Lunatic asylums Bombay report 1891-1903 - 1891-1903
Year: 1891
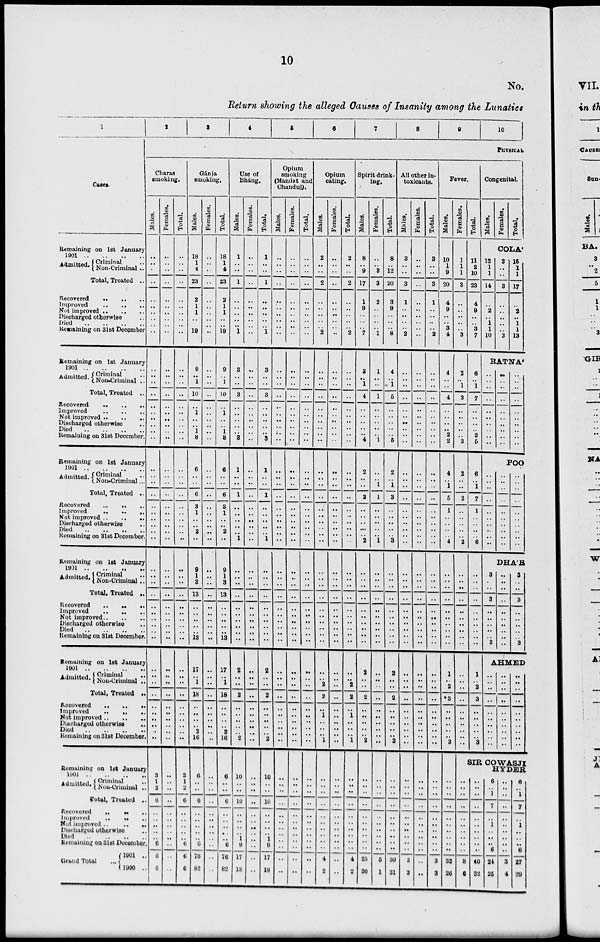
10
No.
Return showing the alleged Causes of Insanity among the Lunatics
1
Cases.
Remaining on 1st January
1901 .. .. .. ..
Admitted. Criminal ..
Non-Criminal ..
Total, treated ..
Recovered .. .. ..
Improved .. .. ..
Not Improved .. .. ..
Discharged otherwise ..
Died .. .. .. ..
Remaining on 31st December
Remaining on 1st January
1901 .. .. .. ..
Admitted. Criminal ..
Non-Criminal ..
Total, Treated ..
Recovered .. .. ..
Improved .. .. ..
Not improved .. .. ..
Discharged otherwise ..
Died .. .. .. ..
Remaining on 31st December.
Remaining on 1st January
1901 .. .. .. ..
Admitted. Criminal ..
Non-Criminal ..
Total, Treated ..
Recovered .. .. ..
Improved .. .. ..
Not improved .. .. ..
Discharged otherwise ..
Died .. .. ..
Remaining on 31st December.
Remaining on 1st January
1901 .. .. .. ..
Admitted. Criminal ..
Non-Criminal ..
Total, Treated ..
Recovered .. .. ..
Improved
..
..
..
Not improved .. .. ..
Discharged otherwise
Died .. .. .. ..
Remaining on 31st December.
Remaining on 1st January
1901 .. .. .. .. ..
Admitted
Criminal ..
Non-Criminal ..
Total, Treated ..
Recovered .. .. ..
Improved .. .. ..
Not improved ..
..
..
Discharged otherwise ..
Died .. .. .. ..
Remaining on 31st December.
Remaining on 1st January
1901 .. .. .. .. .. ..
Admitted Criminal ..
Non-Criminal ..
Total, Treated ..
Recovered .. .. ..
Improved .. .. ..
Not improved .. .. ..
Discharged otherwise ..
Died .. .. .. ..
Remaining on 31st December
Grand Total ..
1901 ..
1900 ..
2
3
4
5
6
7
8
9
10
PHYSICAL
Charas
smoking.
Males.
..
..
..
..
..
..
..
..
..
..
..
..
..
..
..
..
..
..
..
..
..
..
..
..
..
..
..
..
..
..
..
..
..
..
..
..
..
..
..
..
..
..
..
..
..
..
..
..
..
..
3
1
2
6
..
..
..
..
..
6
6
6
Females.
..
..
..
..
..
..
..
..
..
..
..
..
..
..
..
..
..
..
..
..
..
..
..
..
..
..
..
..
..
..
..
..
..
..
..
..
..
..
..
..
..
..
..
..
..
..
..
..
..
..
..
..
..
..
..
..
..
..
..
..
..
..
Total.
..
..
..
..
..
..
..
..
..
..
..
..
..
..
..
..
..
..
..
..
..
..
..
..
..
..
..
..
..
..
..
..
..
..
..
..
..
..
..
..
..
..
..
..
..
..
..
..
..
..
3
1
2
6
..
..
..
..
..
6
6
6
Gánja
smoking.
Males.
18
1
4
23
2
1
1
..
..
19
9
..
1
10
..
1
..
..
1
8
6
..
..
6
3
1
..
..
..
..
1
..
..
13
..
..
..
..
..
13
17
..
1
18
..
..
..
..
2
16
6
..
..
6
..
..
..
..
..
6
76
82
Females.
..
..
..
..
..
..
..
..
..
..
..
..
..
..
..
..
..
..
..
..
..
..
..
..
..
..
..
..
..
..
..
..
..
..
..
..
..
..
..
..
..
..
..
..
..
..
..
..
..
..
..
..
..
..
..
..
..
..
..
..
..
..
Total.
18
1
4
23
2
1
1
..
..
19
9
..
1
10
..
1
..
..
1
8
6
..
..
6
3
1
..
..
..
..
1
..
..
13
..
..
..
..
..
13
17
..
1
18
..
..
..
..
2
16
6
..
..
6
..
..
..
..
..
6
76
82
Use of
Bháng.
Males.
1
..
..
1
..
..
..
..
..
1
3
..
..
3
..
..
..
..
..
3
1
..
..
1
..
..
..
..
..
..
..
..
..
..
..
..
..
..
..
..
2
..
..
2
..
..
..
..
..
2
10
..
..
10
..
..
..
..
1
9
17
18
Females.
..
..
..
..
..
..
..
..
..
..
..
..
..
..
..
..
..
..
..
..
..
..
..
..
..
..
..
..
..
1
..
..
..
..
..
..
..
..
..
..
..
..
..
..
..
..
..
..
..
..
..
..
..
..
..
..
..
.. ..
..
..
..
Total.
1
..
..
1
..
..
..
..
..
1
3
..
..
3
..
..
..
..
..
3
1
..
..
1
..
..
..
..
..
..
..
..
..
..
..
..
..
..
..
..
2
..
..
2
..
..
..
..
..
2
10
..
..
10
..
..
..
..
1
9
17
18
Opium
smoking
(Mandat and
Chundul).
Males.
..
..
..
..
..
..
..
..
..
..
..
..
..
..
..
..
..
..
..
..
..
..
..
..
..
..
..
..
..
1
..
..
..
..
..
..
..
..
..
..
..
..
..
..
..
..
..
..
..
..
..
..
..
..
..
..
.. ..
..
..
..
Females.
..
..
..
..
..
..
..
..
..
..
..
..
..
..
..
..
..
..
..
..
..
..
..
..
..
..
..
..
..
..
..
..
..
..
..
..
..
..
..
..
..
..
..
..
..
..
..
..
..
..
..
..
..
..
..
..
..
..
..
..
..
..
Total.
..
..
..
..
..
..
..
..
..
..
..
..
..
..
..
..
..
..
..
..
..
..
..
..
..
..
..
..
..
..
..
..
..
..
..
..
..
..
..
..
..
..
..
..
..
..
..
..
..
..
..
..
..
..
..
..
..
..
..
..
..
..
Opium
eating.
Males.
2
..
..
2
..
..
..
..
..
2
..
..
..
..
..
..
..
..
..
..
..
..
..
..
..
..
..
..
..
..
..
..
..
..
..
..
..
..
..
..
..
..
2
2
..
1
..
..
..
1
..
..
..
..
..
..
..
..
..
..
4
2
Females.
..
..
..
..
..
..
..
..
..
..
..
..
..
..
..
..
..
..
..
..
..
..
..
..
..
..
..
..
..
..
..
..
..
..
..
..
..
..
..
..
..
..
..
..
..
..
..
..
..
..
..
..
..
..
..
..
..
..
..
..
..
..
Total.
2
..
..
2
..
..
..
..
..
2
..
..
..
..
..
..
..
..
..
..
..
..
..
..
..
..
..
..
..
..
..
..
..
..
..
..
..
..
..
..
..
..
2
2
..
1
..
..
..
1
..
..
..
..
..
..
..
..
..
..
4
2
Spirit drink-
ing.
Males.
8
..
9
17
1
9
..
..
..
7
3
..
1
4
..
..
..
..
..
4
2
..
..
2
..
..
..
..
.. 2
..
..
..
..
..
..
..
..
..
..
2
..
..
2
..
..
..
..
..
2
..
..
..
..
..
..
..
..
..
..
25
30
Females.
..
..
3
3
2
..
..
..
..
1
1
..
..
1
..
..
..
..
..
1
..
..
1
1
..
..
..
..
..
..
..
..
..
..
..
..
..
..
..
..
..
..
..
..
..
..
..
..
..
..
..
..
..
..
..
..
..
..
..
..
5
1
Total.
8
..
12
20
3
9
..
..
..
8
4
..
1
5
..
..
..
..
..
5
2
..
1
3
..
..
..
..
..
2
..
..
..
..
..
..
..
..
..
..
2
..
..
2
..
..
..
..
..
2
..
..
..
..
..
..
..
..
..
..
30
31
All other in¬
toxicants.
Males.
3
..
..
3
1
..
..
..
..
2
..
..
..
..
..
..
..
..
..
..
..
..
..
..
..
..
..
..
.. ..
..
..
..
..
..
..
..
..
..
..
..
..
..
..
..
..
..
..
..
..
..
..
..
..
..
..
..
..
..
..
3
3
Females.
..
..
..
..
..
..
..
..
..
..
..
..
..
..
..
..
..
..
..
..
..
..
..
..
..
..
..
..
..
..
..
..
..
..
..
..
..
..
..
..
..
..
..
..
..
..
..
..
..
..
..
..
..
..
..
..
..
..
..
..
..
..
Total.
3
..
..
3
1
..
..
..
..
2
..
..
..
..
..
..
..
..
..
..
..
..
..
..
..
..
..
..
..
..
..
..
..
..
..
..
..
..
..
..
..
..
..
..
..
..
..
..
..
..
..
..
..
..
..
..
..
..
..
..
3
3
Fever.
Males.
10
1
9
20
4
9
..
..
3
4
4
..
..
4
..
..
..
..
2
2
4
..
1
5
1
..
..
..
..
4
..
..
..
..
..
..
..
..
..
..
1
..
2
3
..
..
..
..
..
3
..
..
..
..
..
..
..
..
..
..
32
26
Females.
1
1
1
3
..
..
..
..
..
3
2
..
1
3
..
..
..
..
..
3
2
..
..
2
..
..
..
..
..
2
..
..
..
..
..
..
..
..
..
..
..
..
..
..
..
..
..
..
..
..
..
..
..
..
..
..
..
..
..
..
8
6
Total.
11
2
10
23
4
9
..
..
3
7
6
..
1
7
..
..
..
..
2
5
6
..
1
7
1
..
..
..
..
6
..
..
..
..
..
..
..
..
..
..
1
..
2
3
..
..
..
..
..
3
Congenital.
Males.
Females.
Total.
COLA'
12
1
1
14
..
2
..
1
1
10
3
..
..
3
..
..
..
..
..
3
15
1
1
17
..
2
..
1
1
13
RATNA'
..
..
..
..
..
..
..
..
..
..
..
..
..
..
..
..
..
..
..
..
..
..
..
..
..
..
..
..
..
..
POO
..
..
..
..
..
..
..
..
..
..
..
..
..
..
..
..
..
..
..
..
..
..
..
..
..
..
..
..
..
..
DHAR
3
..
..
3
..
..
..
..
..
3
..
..
..
..
..
..
..
..
..
..
3
..
..
3
..
..
..
..
..
3
AHMED
..
..
..
..
..
..
..
..
..
..
..
..
..
..
..
..
..
..
..
..
..
..
..
..
..
..
..
..
..
..
SIR COWASJI
HYDER
..
..
..
..
..
..
..
..
..
..
40
32
6
..
1
7
..
1
..
..
..
6
24
25
..
..
..
..
..
..
..
..
..
..
3
4
6
..
1
7
..
1
..
..
..
6
27
29